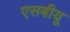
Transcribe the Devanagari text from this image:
एसबीयू